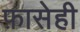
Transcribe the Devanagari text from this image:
फ़ासेही